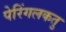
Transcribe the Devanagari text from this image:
पेरिंगलकतु